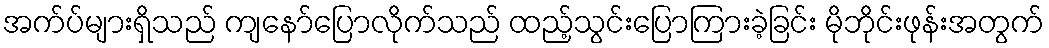
အက်ပ်များရှိသည် ကျနော်ပြောလိုက်သည် ထည့်သွင်းပြောကြားခဲ့ခြင်း မိုဘိုင်းဖုန်းအတွက်